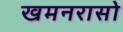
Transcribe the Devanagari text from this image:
खमनरासो